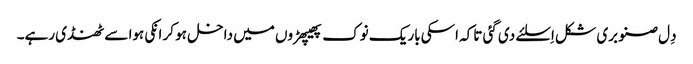
دِل صنوبری شکل اِسلئے دی گئی تاکہ اسکی باریک نوک پھیپھڑوں میں داخل ہو کر انکی ہوا سے ٹھنڈی رہے۔